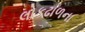
લોકઢાળના